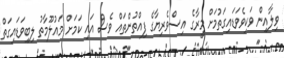
ވިލާއިން ވަކިވެވަޑައިގަތުމަށް މީރާގެ އިސްވެރިޔާގެ ފިއްތުންތައް ވެސް އައި ކަމަށް މައުލޫމާތު ލިބިވަޑައިގަތް